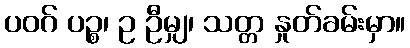
ပဝဂ် ပဉ္စ၊ ဥ ဦမျှ၊ သတ္တ နှုတ်ခမ်းမှာ။